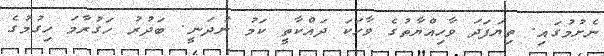
ނެށުމުގައި. ތިޔަފަދަ ވާހިއްޔާތުގެ ވާހަަކަ ދައްކާތީ ކަމު ނުދަނީ. ބަދުރު ހަގުރާމަ ހިގުމުގެ